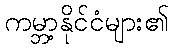
ကမ္ဘာ့နိုင်ငံများ၏